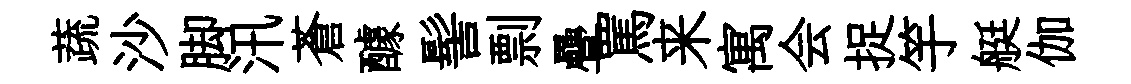
蔬沙脚汛蒼醵髻剽疊罵来寓会捉竽艇伽